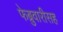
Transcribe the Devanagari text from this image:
फेब्रुवारीसह